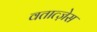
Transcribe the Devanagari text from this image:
वतात्ज़ेस